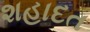
શહાદત